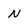
Character: N